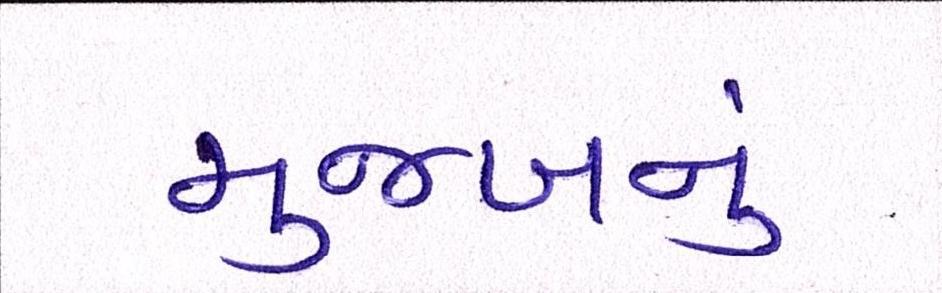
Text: મુજબનું